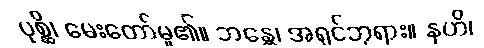
ပုစ္ဆိ၊ မေးတော်မူ၏။ ဘန္တေ၊ အရှင်ဘုရား။ နဟိ၊